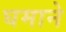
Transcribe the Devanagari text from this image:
घमाने